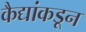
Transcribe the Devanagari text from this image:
कैद्यांकडून